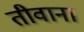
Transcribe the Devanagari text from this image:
तीवाना